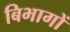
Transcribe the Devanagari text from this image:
बिभागों